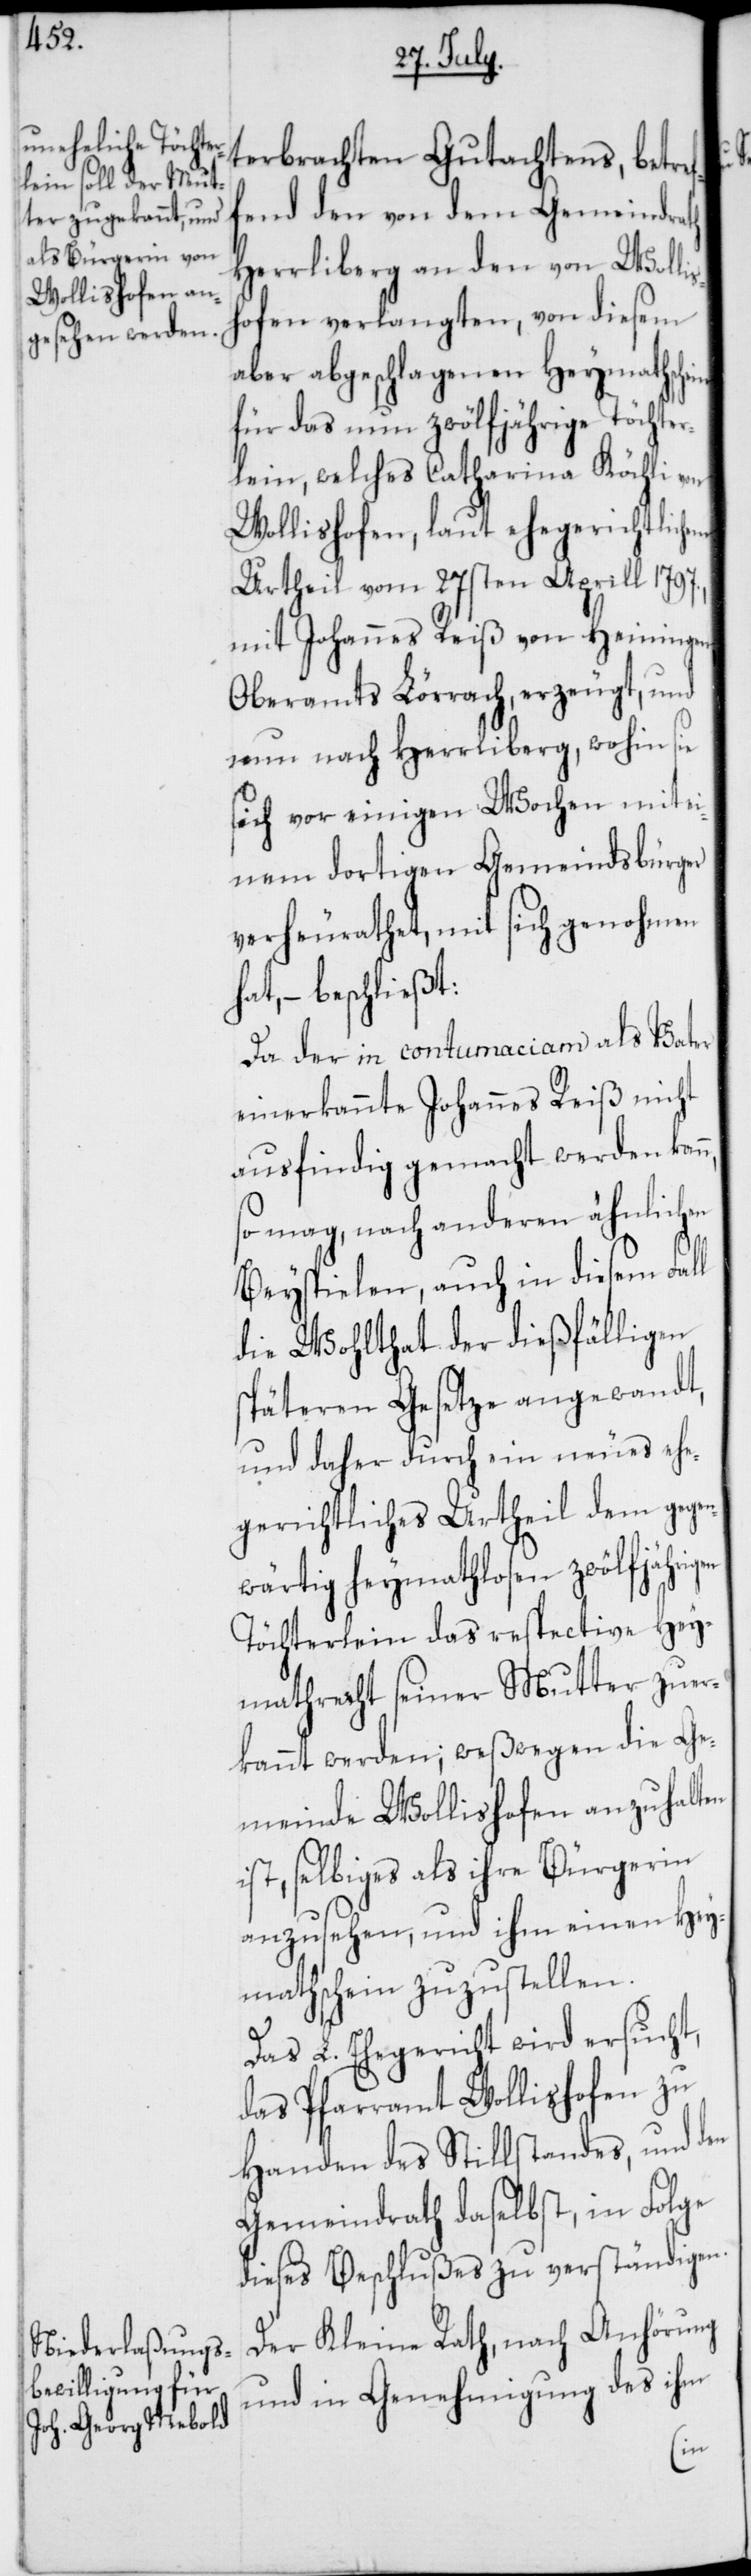
terbrachten Gutachtens, betref¬
fend den von dem Gemeindrath
Herrliberg an den von Wollis¬
hofen verlangten, von diesem
aber abgeschlagenen Heymathsche¬
für das nun zwölfjährige Töchter¬
lein, welches Catharina Köchli von
Wollishofen, laut ehegerichtlichem
Urtheil vom 27sten Aprill 1797.,
mit Johannes Reiß von Heiningen,
Oberamts Lörrach, erzeugt, und
nun nach Herrliberg, wohin sie
sich vor einigen Wochen mit ei¬
nem dortigen Gemeindsbürger
verheurathet, mit sich genohmen
hat, – beschließt:
Da der in contumaciam als Vater
einerkannte Johannes Reiß nicht
ausfindig gemacht werden kan¬
so mag, nach anderen ähnlichen
Beyspielen, auch in diesem Fall
die Wohlthat der dießfälligen
späteren Gesetze angewandt,
und daher durch ein neues ehe¬
gerichtliches Urtheil dem gegen¬
wärtig heymathlosen, zwölfjährigen
Töchterlein das respective Hey¬
mathrecht seiner Mutter zuer¬
kannt werden; weßwegen die Ge¬
meinde Wollishofen anzuhalten
selbiges als ihre Bürgerin
anzusehen, und ihm einen Hey¬
mathschein zuzustellen.
Das L. Ehegericht wird ersucht,
das Pfarramt Wollishofen zu
Handen des Stillstandes und den
Gemeindrath daselbst, in Folge
dieses Beschlußes zu verständigen.
Der Kleine Rath, nach Anhörung
und in Genehmigung des ihm
n,